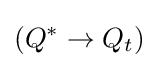
(Q^{*}\rightarrow Q_{t})